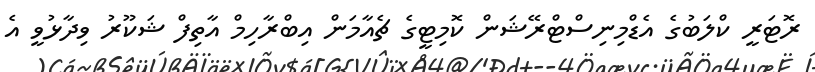
ރޮޓަރީ ކްލަބުގެ އެޑްމިނިސްޓްރޭޝަން ކޮމިޓީގެ ޗެއާމަން އިބްރާހިމް އާތިފް ޝަކޫރު ވިދާޅުވީ އެ